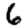
Digit: 6